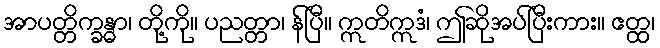
အာပတ္တိက္ခန္ဓာ၊ တို့ကို။ ပညတ္တာ၊ န်ပြီ။ ဣတိဣဒံ၊ ဤဆိုအပ်ပြီးကား။ ဧတ္ထ၊